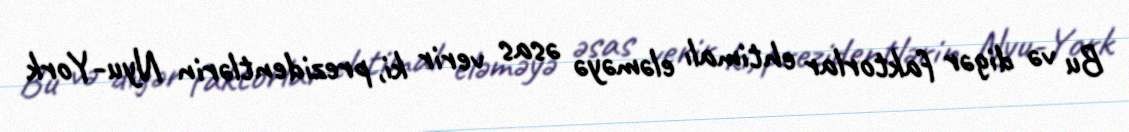
Bu və digər faktorlar ehtimalı eləməyə əsas verir ki, prezidentlərin Nyu-York